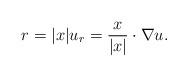
LaTeX: \begin{align*}r = |x| u_r = \dfrac{x}{|x|} \cdot \nabla u.\end{align*}